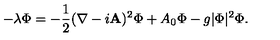
- \lambda \Phi = - { \frac { 1 } { 2 } } ( \nabla - i { \bf A } ) ^ { 2 } \Phi + A _ { 0 } \Phi - g | \Phi | ^ { 2 } \Phi .